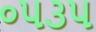
૦૫૩૫